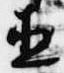
直